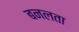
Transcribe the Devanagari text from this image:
बनलता